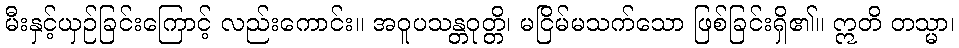
မီးနှင့်ယှဉ်ခြင်းကြောင့် လည်းကောင်း။ အဝူပသန္တဝုတ္တိ၊ မငြိမ်မသက်သော ဖြစ်ခြင်းရှိ၏။ ဣတိ တသ္မာ၊